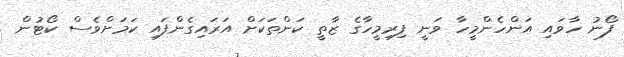
ފޯނު ހާވައި އަންހެންމީހާ ވަނީ ފިރިމީހާގެ ޒާތީ ކަންތަކަށް އަރައިގެންފައި ކަމަށްވެސް ކޯޓުން